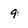
Character: 9